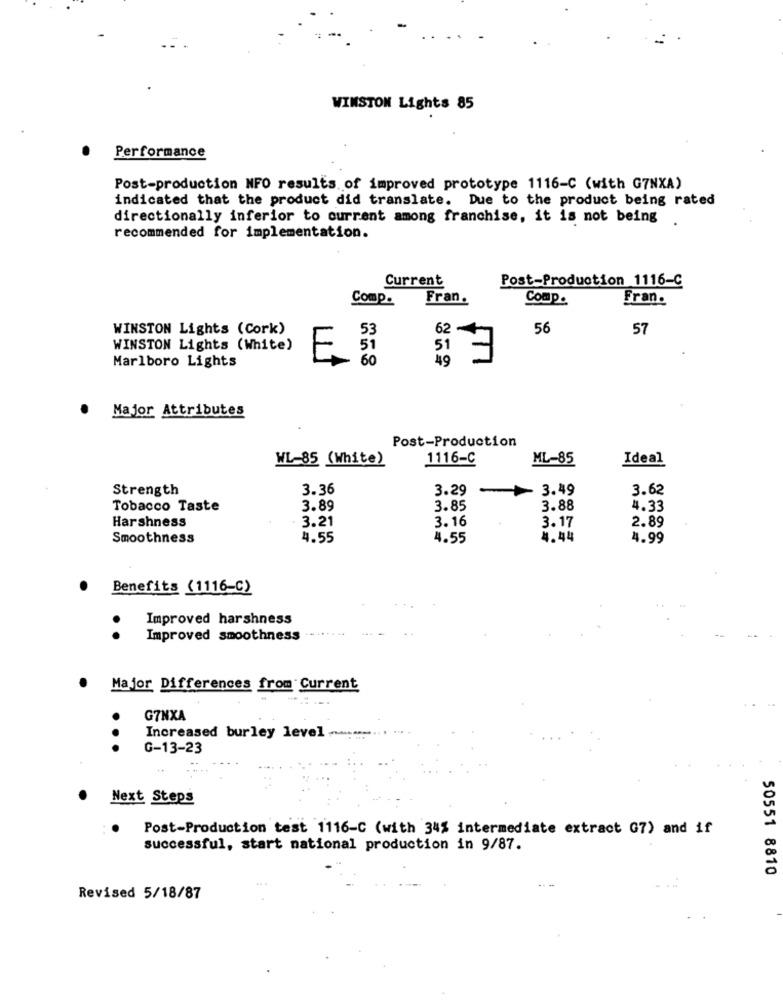
WINSTON Lights 85
Performance
Post-production NFO results of improved prototype 1116-C (with G7NXA)
indicated that the product did translate. Due to the product being rated
directionally inferior to current among franchise, it is not being
recommended for implementation.
Current
Post-Production 1116-C
Comp.
Fran.
Comp.
Fran.
WINSTON Lights (Cork)
53
62
56
57
WINSTON Lights (White)
51
51
Marlboro Lights
E.
60
49
Major Attributes
Post-Production
WL-85 (White)
1116-C
ML-85
Ideal
Strength
3.36
3.29
3.49
3.62
Tobacco Taste
3.89
3.85
3.88
4.33
Harshness
3.21
3.16
3.17
2.89
Smoothness
4.55
4.55
4.44
4.99
Benefits (1116-C)
Improved harshness
. .
Improved smoothness
Major Differences from Current
G7NXA
Increased burley level
...
G-13-23
Next Steps
Post-Production test 1116-C (with 34% intermediate extract G7) and if
successful, start national production in 9/87.
50551 8810
Revised 5/18/87